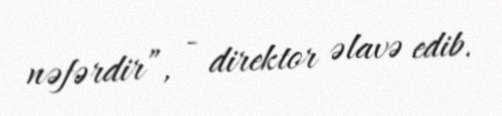
nəfərdir”, - direktor əlavə edib.